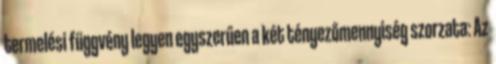
termelési függvény legyen egyszerűen a két tényezőmennyiség szorzata: Az